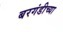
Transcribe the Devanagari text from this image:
बरगंडीच्या